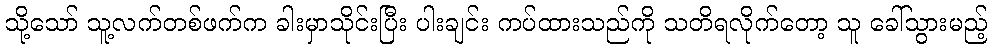
သို့သော် သူ့လက်တစ်ဖက်က ခါးမှာသိုင်းပြီး ပါးချင်း ကပ်ထားသည်ကို သတိရလိုက်တော့ သူ ခေါ်သွားမည့်